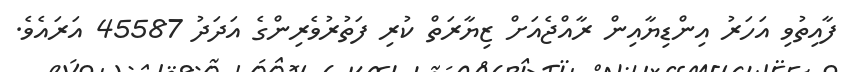
ފާއިތުވި އަހަރު އިންޑިޔާއިން ރާއްޖެއަށް ޒިޔާރަތް ކުރި ފަތުރުވެރިންގެ އަދަދު 45587 އަރައެވެ.